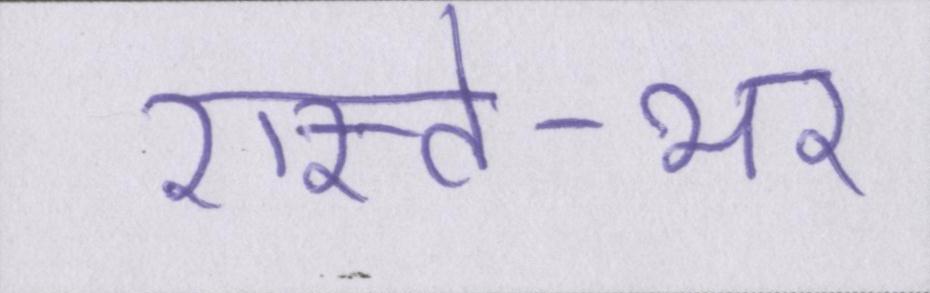
रास्ते-भर